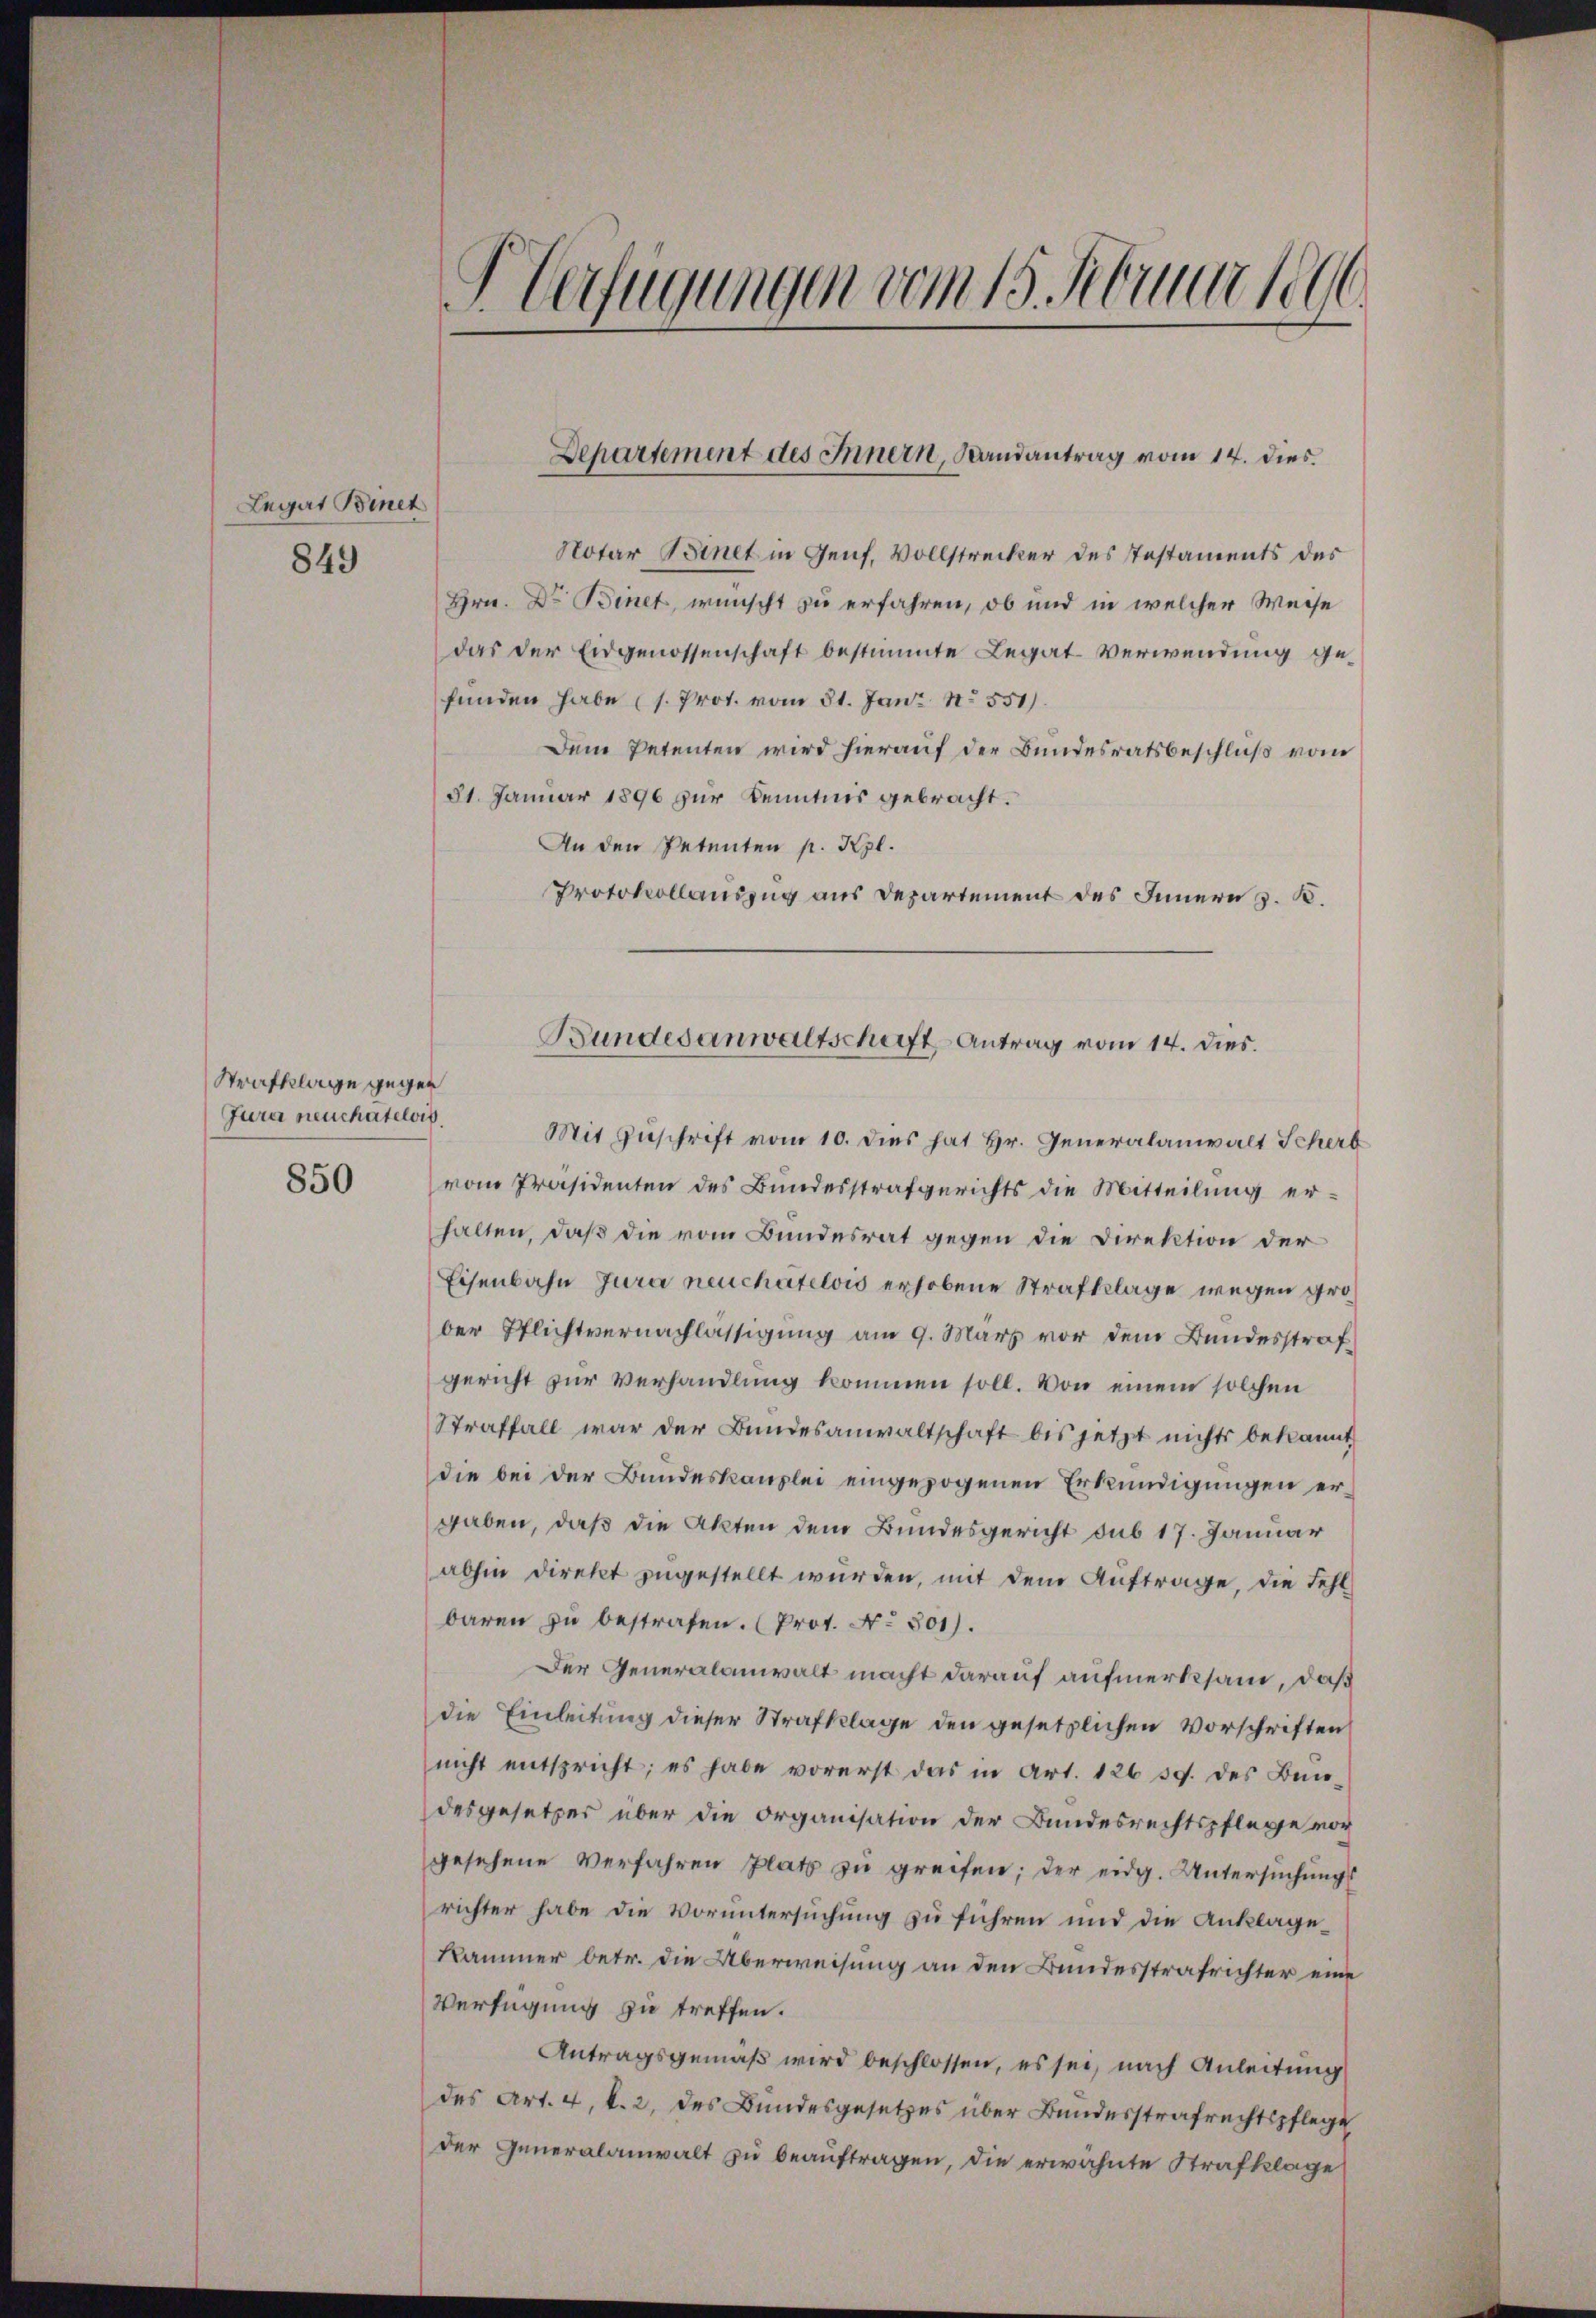
Legat Binet
849

Strafklage gegen
Jura neuchatelois,

850

Notar Binet in Genf, Vollstrecker des Instaments des
Hrn. Dr. Binet, wünscht zu erfahren, ob und in welcher Weise
das der Eidgenossenschaft bestimmte Legat Verwendung gefunden habe (s. Prot. vom 31. Jani 551).
Dem Petenten wird hierauf der Bundesratsbeschluß vom
21. Januar 1896 zur Kenntnis gebracht.
An den Petenten p. Kzl.
Protokollauszug aus Departement des Innern z. B.
Mit Zuschrift vom 10. dies hat Hr. Generalanwalt Scherb
vom Präsidenten des Bundesstrafgerichts die Mitteilung erhalten, daß die vom Bundesrat gegen die Direktion der
Eisenbahn Jura neuchatelois erhobene Strafklage wegen grober Pflichtvernachlässigung am 9. März vor dem Bundesstraf
gericht zŭr Verhandlung kommen soll. Von einem solchen
Straffall war der Bundesanwaltschaft bis jetzt nichts bekannt
die bei der Bundeskanzlei eingezogenen Erkundigungen ergaben, daß die Akten dem Bundesgericht sub 17. Januar
abhin direkt zugestellt wurden, mit dem Auftrage, die Fehl
baren zu bestrafen. (Prot. No 301).
Der Generalanwalt macht darauf aufmerksam, daß
die Einleitung dieser Strafklage den gesetzlichen Vorschriften
nicht entspricht; es habe vorerst das in Art. 126 39. des Bun-
desgesetzes über die Organisation der Bundesrechtspflege vor
gesehene Verfahren Platz zŭ greifen; der eidg. Untersŭchŭngs
richter habe die Voruntersuchung zu führen und die Ankläge¬
Kammer betr. die Überweisung an den Bundesstrafrichter eine
Verfügung zu treffen.
Antragsgemäß wird beschlossen, es sei, nach Anleitung
des Art. 4, l. 2, des Bundesgesetzes über Bundesstrafrechtspflege
der Generalanwalt zu beauftragen, die erwähnte Strafklage

F Verfügungen vom 15. Abreitete

Departement des Innern, Randantrag vom 14. dies

Bundesanwaltschaft Antrag vom 14. dies.